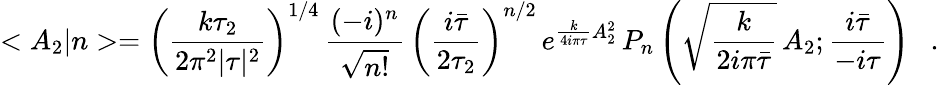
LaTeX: <A_{2}|n>=\left(\frac{k\tau_{2}}{2\pi^{2}|\tau|^{2}}\right)^{1/4}\, \frac{(-i)^{n}}{\sqrt{n!}}\, \left(\frac{i\bar{\tau}}{2\tau_{2}}\right)^{n/2}\, e^{\frac{k}{4i\pi\tau}A_{2}^{2}}\, P_{n}\left(\sqrt{\frac{k}{2i\pi\bar{\tau}}}\, A_{2};\frac{i\bar{\tau}}{-i\tau}\right)\ \ \ .